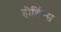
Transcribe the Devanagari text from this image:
होर्डिग्स